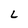
Character: L